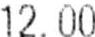
12.00